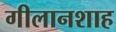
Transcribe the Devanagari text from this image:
गीलानशाह